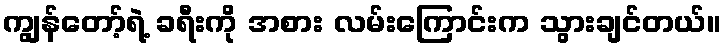
ကျွန်တော့်ရဲ့ ခရီးကို အစား လမ်းကြောင်းက သွားချင်တယ်။